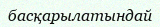
басқарылатындай